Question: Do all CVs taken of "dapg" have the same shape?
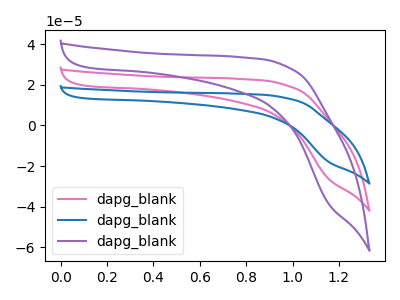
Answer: <think>The pink curve "dapg_blank1" has no peaks. The blue curve "dapg_blank2" has no peaks. The purple curve "dapg_blank3" has no peaks.
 Neither "dapg_blank1" or "dapg_blank2" have any peaks. Neither "dapg_blank1" or "dapg_blank3" have any peaks. Neither "dapg_blank2" or "dapg_blank3" have any peaks.</think>
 <answer>All the CV's of "dapg" have similar shape.</answer>
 <eval>follow_rule</eval>